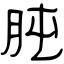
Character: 肫